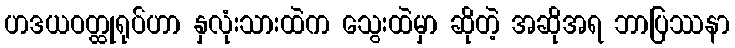
ဟဒယဝတ္ထုရုပ်ဟာ နှလုံးသားထဲက သွေးထဲမှာ ဆိုတဲ့ အဆိုအရ ဘာပြဿနာ